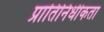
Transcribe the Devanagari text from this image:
प्रातिनिधीकता